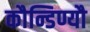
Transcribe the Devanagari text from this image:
कौन्डिण्यौ